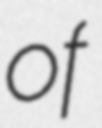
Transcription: of